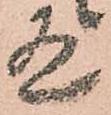
有